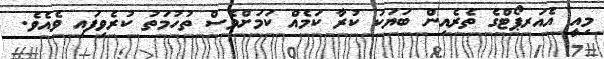
މިއީ އެއަރޕޯޓްގެ ތެރެއިން ބަޔަކު ކުރާ ކަމެއް ކަމަށްވެސް ތުހުމަތު ކުރެވިފައި ވެއެވެ.